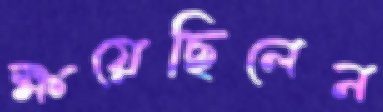
ক্ষয়েছিলেন